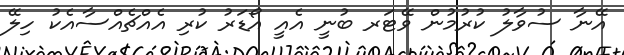
އޭނާ ސުވާލު ކުރުމުން ވޭޓަރ ބުނީ އެއީ އޯޑަރު ކުރި އެއްޗެއްސާއެކު ހިލޭ